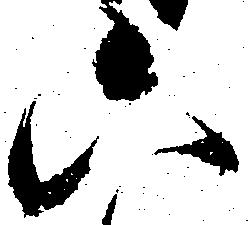
六